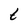
Character: t